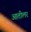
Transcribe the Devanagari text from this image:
आतीलर